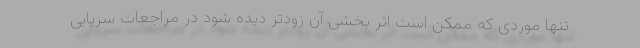
تنها موردی که ممکن است اثر بخشی آن زودتر دیده شود در مراجعات سرپایی